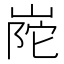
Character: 𭖰